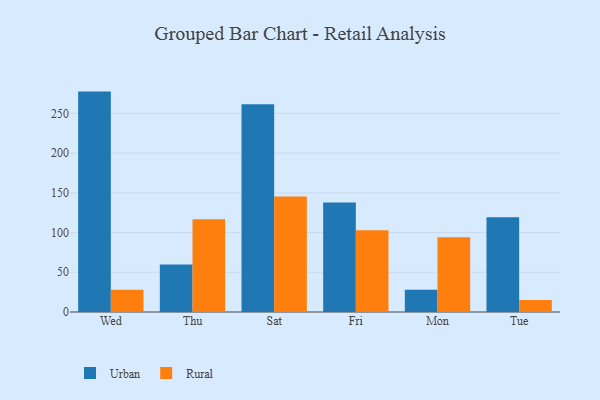
{"axis": {"x": "Day", "y": "Population (Million)"}, "legend": ["Rural", "Urban"], "data": [{"x": "Wed", "y": 277.4, "type": "Urban"}, {"x": "Wed", "y": 27.9, "type": "Rural"}, {"x": "Thu", "y": 59.9, "type": "Urban"}, {"x": "Thu", "y": 116.8, "type": "Rural"}, {"x": "Sat", "y": 261.4, "type": "Urban"}, {"x": "Sat", "y": 145.4, "type": "Rural"}, {"x": "Fri", "y": 137.8, "type": "Urban"}, {"x": "Fri", "y": 102.8, "type": "Rural"}, {"x": "Mon", "y": 28.1, "type": "Urban"}, {"x": "Mon", "y": 94.1, "type": "Rural"}, {"x": "Tue", "y": 119.4, "type": "Urban"}, {"x": "Tue", "y": 15.1, "type": "Rural"}]}